Leaving Certificate Examination, 1913
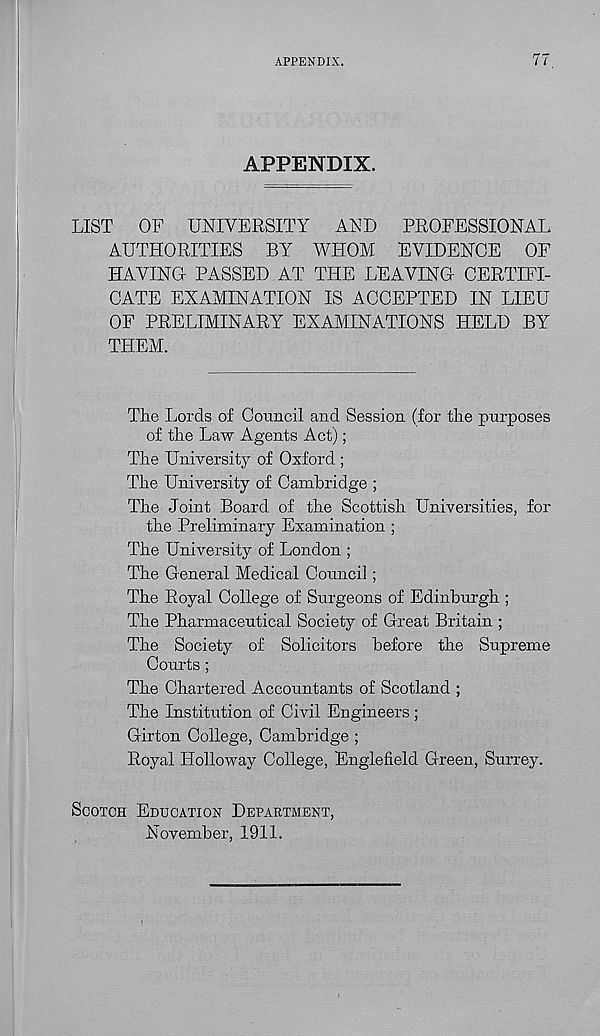
APPENDIX.
77
APPENDIX.
LIST
OF UNIVERSITY
AND
PROFESSIONAL
AUTHORITIES BY WHOM EVIDENCE
OF
HAVING PASSED AT THE LEAVING CERTIFI-
CATE EXAMINATION IS ACCEPTED IN LIEU
OF PRELIMINARY EXAMINATIONS HELD BY
THEM.
The Lords of Council and Session (for tire purposes
of tire Law Agents Act);
Tire University of Oxford ;
The University of Cambridge ;
The Joint Board of the Scottish Universities, for
the Preliminary Examination ;
The University of London ;
The General Medical Council ;
The Royal College of Surgeons of Edinburgh ;
The Pharmaceutical Society of Great Britain ;
The Society of Solicitors before the Supreme
Courts ;
The Chartered Accountants of Scotland ;
The Institution of Civil Engineers ;
Girton College, Cambridge ;
Royal Holloway College, Englefield Green, Surrey.
Scotch Education Department,
November, 1911.